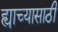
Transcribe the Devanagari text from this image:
ह्याच्यासाठी